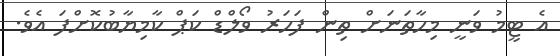
އެ ޓީމު ވަނީ މިހާތަަނަށް ތިން ފަހަރު ވޯލްޑް ކަޕް ކާމިޔާބުކޮށްފަ އެވެ.